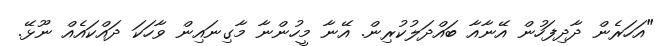
"އަހަރެން ދާދިފަހުން އޭނާއާ ބައްދަލުކުރިން. އޭނާ މީހުންނާ މާގިނައިން ވާހަކަ ދައްކައެއް ނޫޅޭ.